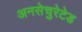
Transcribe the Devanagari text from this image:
अनसेचुरेटेड